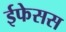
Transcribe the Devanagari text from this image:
ईफेसस